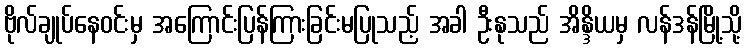
ဗိုလ်ချုပ်နေဝင်းမှ အကြောင်းပြန်ကြားခြင်းမပြုသည့် အခါ ဦးနုသည် အိန္ဒိယမှ လန်ဒန်မြို့သို့